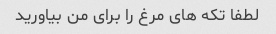
لطفا تکه های مرغ را برای من بیاورید